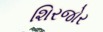
શિરજોર